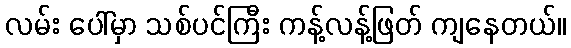
လမ်း ပေါ်မှာ သစ်ပင်ကြီး ကန့်လန့်ဖြတ် ကျနေတယ်။